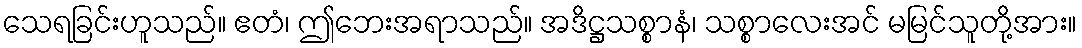
သေရခြင်းဟူသည်။ ဧတံ၊ ဤဘေးအရာသည်။ အဒိဋ္ဌသစ္စာနံ၊ သစ္စာလေးအင် မမြင်သူတို့အား။